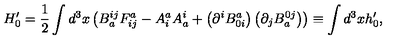
H _ { 0 } ^ { \prime } = \frac { 1 } { 2 } \int d ^ { 3 } x \left( B _ { a } ^ { i j } F _ { i j } ^ { a } - A _ { i } ^ { a } A _ { a } ^ { i } + \left( \partial ^ { i } B _ { 0 i } ^ { a } \right) \left( \partial _ { j } B _ { a } ^ { 0 j } \right) \right) \equiv \int d ^ { 3 } x h _ { 0 } ^ { \prime } ,